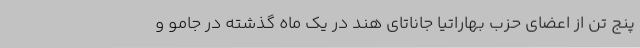
پنج تن از اعضای حزب بهاراتیا جاناتای هند در یک ماه گذشته در جامو و